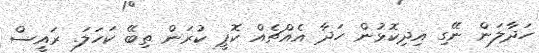
ހަދާލަން ނޭގި އިދިކޮޅުން ހަދާ އެއްޗެއް ކޮޕީ ކުރަން ތިބޭ ކަހަލަ. ރައީސް